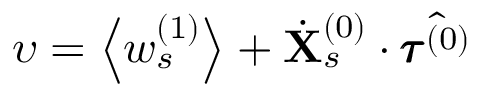
\upsilon = \left< w _ { s } ^ { ( 1 ) } \right> + \dot { \mathbf { X } } _ { s } ^ { ( 0 ) } \cdot \hat { \pmb { \tau } ^ { ( 0 ) } }